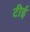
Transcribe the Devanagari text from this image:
टीई